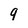
Character: 9